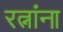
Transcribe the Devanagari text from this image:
रत्नांना